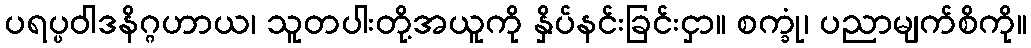
ပရပ္ပဝါဒနိဂ္ဂဟာယ၊ သူတပါးတို့အယူကို နှိပ်နင်းခြင်းငှာ။ စက္ခုံ၊ ပညာမျက်စိကို။